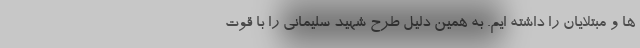
ها و مبتلایان را داشته ایم. به همین دلیل طرح شهید سلیمانی را با قوت